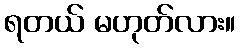
ရတယ် မဟုတ်လား။